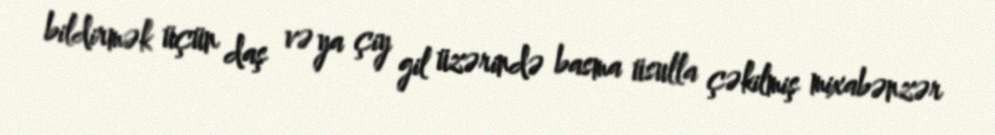
bildirmək üçün daş və ya çiy gil üzərində basma üsulla çəkilmiş mixabənzər